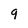
Character: 9